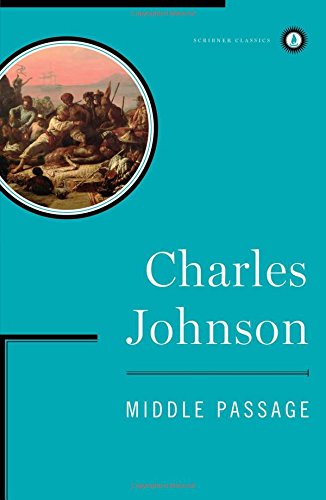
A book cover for Middle Passage; Charles Johnson; Literature & Fiction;